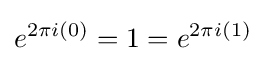
e^{2\pi i(0)}=1=e^{2\pi i(1)}